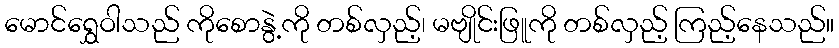
မောင်ရွှေဝါသည် ကိုစောနွဲ့ကို တစ်လှည့်၊ မဗျိုင်းဖြူကို တစ်လှည့် ကြည့်နေသည်။